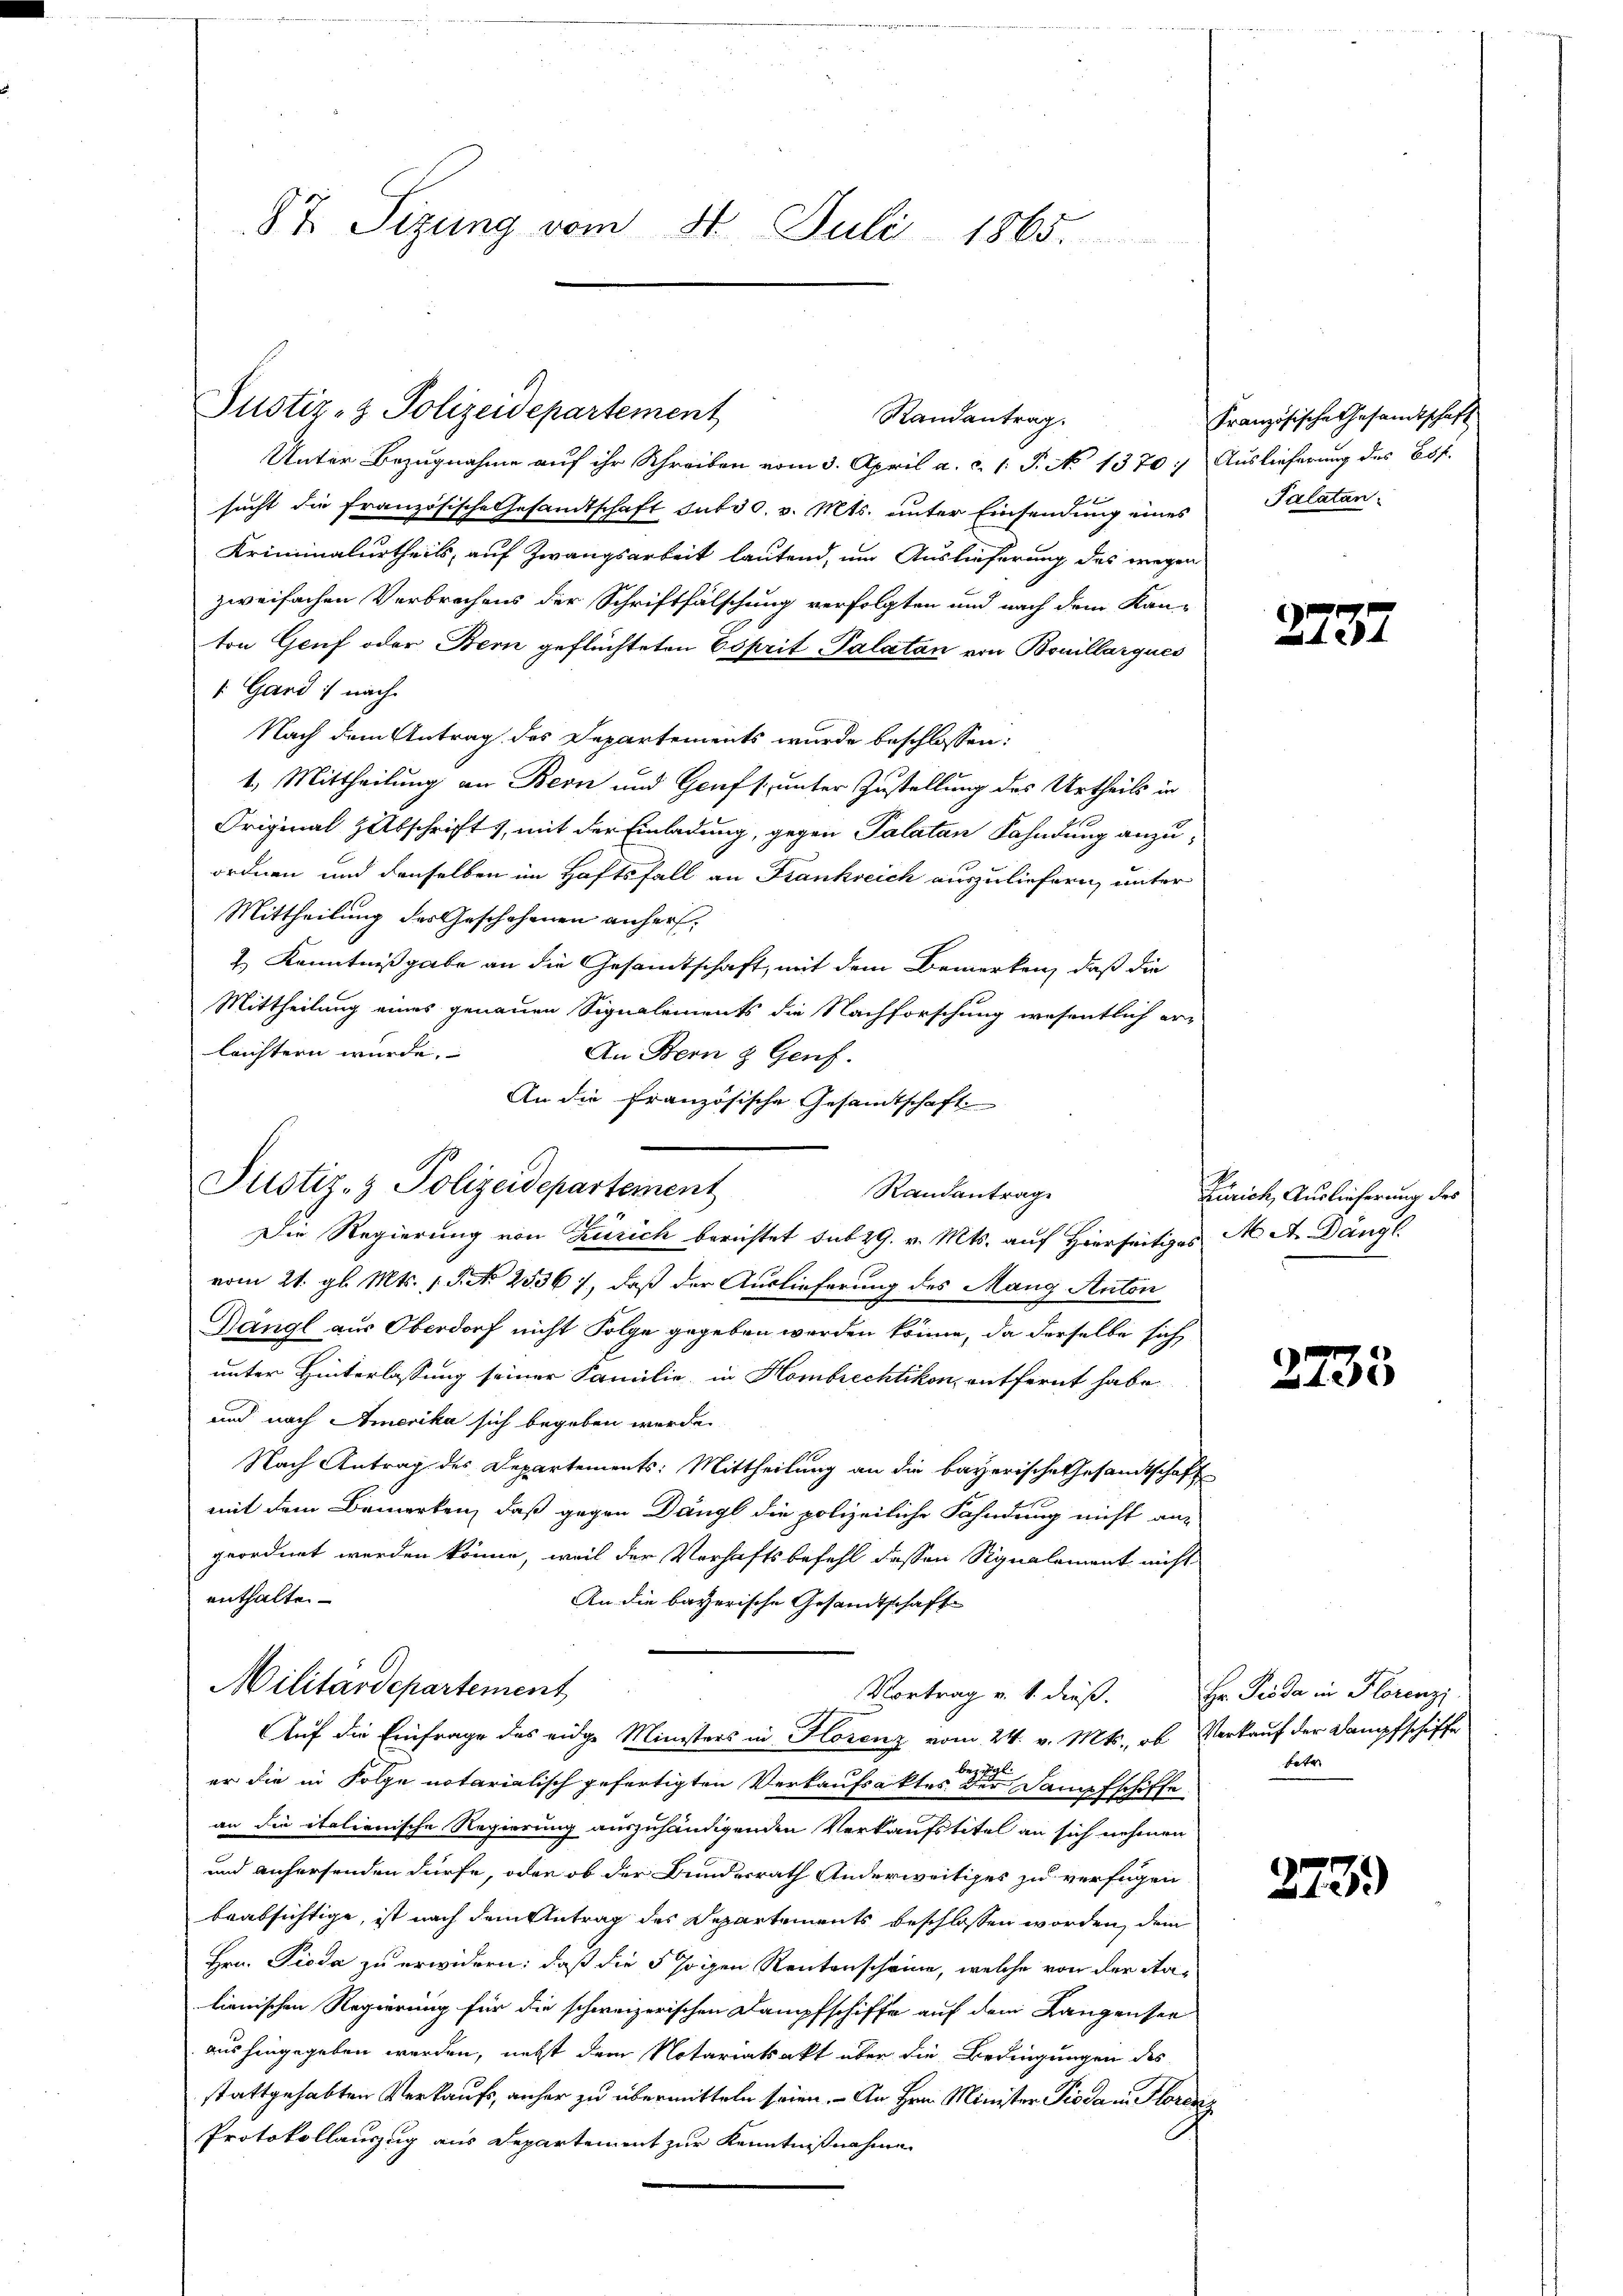
87 Sizung vom 31. Juli 1865.

Justiz- & Polizeidepartement

Unter Bezugnahme auf ihr Schreiben vom 3. April a. c. s. S. No 1370. Auslieferung des Bof.
sucht die französische Gesandtschaft sutos. v. Mts. unter Einsendung eines Palatan-
Kriminalurtheils, auf Zwangsarbeit lautend, um Auslieferung des wegen
zweifachen Verbrechens der Schriftfälschung verfolgten und nach dem Kan-
ton Gruf oder Bern geflüchteten Esprit Palatan von Bouillarques
 Gard) nach
Nach dem Antrag des Departements wurde beschlossen:
1. Mittheilung an Bern und Genf s. unter Zustellung des Urtheils in
Original Zibschrift, mit der Einladung, gegen Palatan Fahndung anzuordnen und denselben im Haftsfall an Frankreich auszuliefern, unter
Mittheilung des Geschehenen anhers.
2.) Kenntnißgabe an die Gesamtschaft, mit dem Bemerken, daß die
Mittheilung eines genauen Signalements die Nachforschung wesentlich er-
leichtern wurde.
An Bern & Genf.
An die französische Gesamtschaft
Randantrage
Die Regierung von Zürich berichtet sub 29. v. Mts. auf Hierseitiges M. A. Dängl
vom 21. gl. Mts. 1. No 25367, daß der Auslieferung des Mang Anton
Dangl aus Oberdorf nicht Folge gegeben werden könne, da derselbe sich
unter Hinterlassung seiner Familie, in Hombrechtikon, entfernt habe
und nach Amerika sich begeben werde.
Nach Antrag des Departements: Mittheilung an die bayerische Gesamtschaft
mit dem Bemerken, daß gegen Dangl die polizeiliche Fahndung nicht an-
geordnet werden könne, weil der Verhaftsbefehl dessen Signalement nicht
enthalten
An die bayerische Gesandtschaft
Militärdepartement
Vortrag v. 1. dieß.
Auf die Einfrage des eidge Ministers in Florenz vom 24. v. Mts., ob Verkauf der Dampfschiffe
bezug
er die in Folge notarialisch gefertigten Verkaufsaktes der Dampfschiffe
an die italienische Regierung auszuhändigenden Verkaufstitel an sich nehmen
und anhersenden dürfe, oder ob der Bundesrath Anderweitiges zu verfügen
beabsichtige, ist nach dem Antrag des Departements beschlossen worden, dem
Hrn. Pioda zu erwidern; daß die 5 sogen Rentenscheine, welche von der Nalienischen Regierung für die schweizerischen Dampfschiffe auf dem Langensee
aushingegeben werden, nebst dem Notariatsakt über die Bedingungen des
stattgehabten Verkaufs, anher zu übermitteln seien. - An Hrn. Minister Pioda in Florenz
Protokollauszug aus Departement zur Kenntnißnahme

Justiz- & Polizeidepartement

Randantrag.

Französische Gesandtschaft

2737

Zürich, Auslieferung des

2733

Hr. Die da in Florenzi
betr

273.